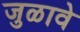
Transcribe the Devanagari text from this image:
जुळावे